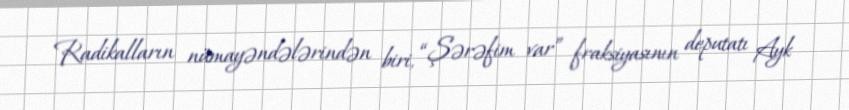
Radikalların nümayəndələrindən biri, “Şərəfim var” fraksiyasının deputatı Ayk